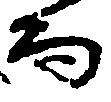
而